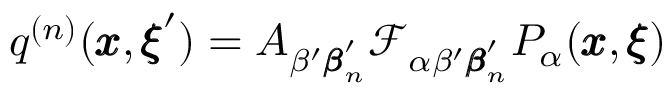
q ^ { ( n ) } ( { \pmb x } , { \pmb \xi } ^ { \prime } ) = A _ { \beta ^ { \prime } { \pmb \beta } _ { n } ^ { \prime } } { \mathcal { F } _ { \alpha \beta ^ { \prime } { \pmb \beta } _ { n } ^ { \prime } } P _ { \alpha } ( { \pmb x } , { \pmb \xi } ) }